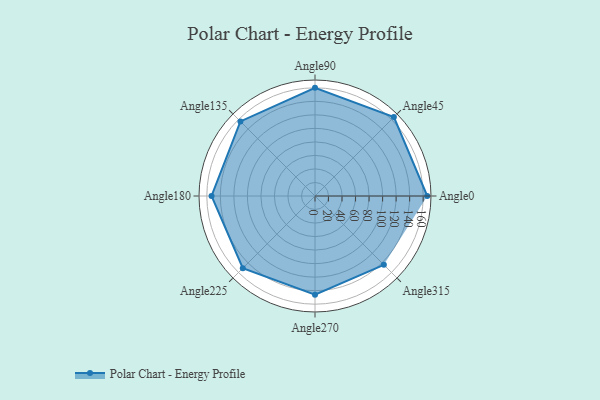
{"axis": {"x": "Angle", "y": "Radius"}, "legend": [""], "data": [{"x": "Angle0", "y": 166.0, "type": ""}, {"x": "Angle45", "y": 165.0, "type": ""}, {"x": "Angle90", "y": 160.0, "type": ""}, {"x": "Angle135", "y": 156.0, "type": ""}, {"x": "Angle180", "y": 153.0, "type": ""}, {"x": "Angle225", "y": 151.0, "type": ""}, {"x": "Angle270", "y": 146.0, "type": ""}, {"x": "Angle315", "y": 144.0, "type": ""}]}